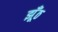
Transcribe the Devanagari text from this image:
झूँठ